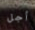
أجل